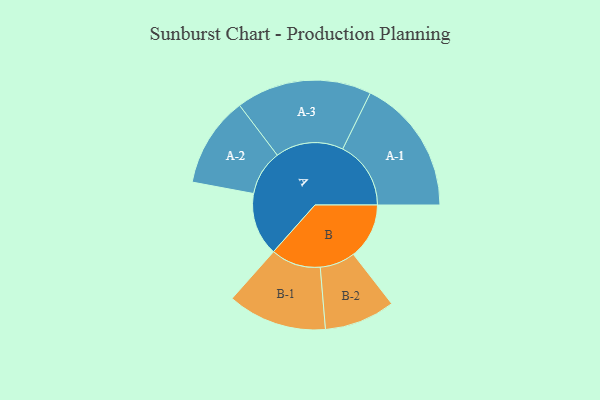
{"axis": {"x": "Segment", "y": "Value"}, "legend": ["", "A", "B"], "data": [{"x": "A", "y": 198, "type": ""}, {"x": "B", "y": 175, "type": ""}, {"x": "A-1", "y": 214, "type": "A"}, {"x": "A-2", "y": 142, "type": "A"}, {"x": "A-3", "y": 213, "type": "A"}, {"x": "B-1", "y": 156, "type": "B"}, {"x": "B-2", "y": 111, "type": "B"}]}